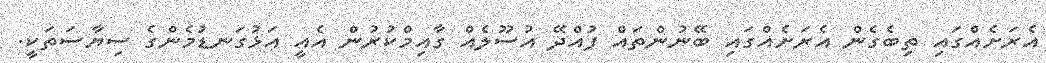
އެރަށެއްގައި ތިބެގެން އެރަށެއްގައި ބޭނުންތައް ފުއްދޭ އުސޫލެއް ގާއިމްކުރުން އެއީ އަޅުގަނޑުމެންގެ ސިޔާސަތަކީ.